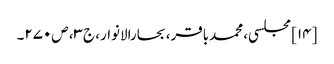
[۱۴] مجلسی، محمدباقر، بحارالانوار، ج‌۳، ص‌۲۷۰۔